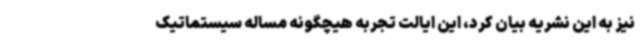
نیز به این نشریه بیان کرد، این ایالت تجربه هیچگونه مساله سیستماتیک